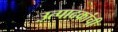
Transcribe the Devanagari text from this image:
उत्पादकांची